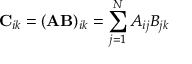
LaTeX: \mathbf { C } _ { i k } = ( \mathbf { A } \mathbf { B } ) _ { i k } = \sum _ { j = 1 } ^ { N } A _ { i j } B _ { j k }